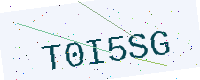
Text: T0I5SG